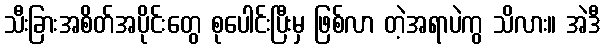
သီးခြားအစိတ်အပိုင်းတွေ စုပေါင်းပြီးမှ ဖြစ်လာ တဲ့အရာပဲကွ သိလား။ အဲဒီ